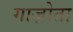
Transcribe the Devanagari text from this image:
गाज़ोता